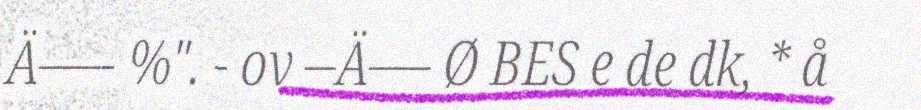
Ä––- %". - ov –Ä–– Ø BES e de dk, * å